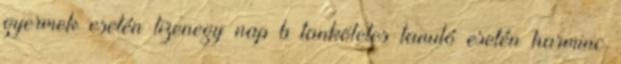
gyermek esetén tizenegy nap b tanköteles tanuló esetén harminc